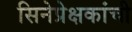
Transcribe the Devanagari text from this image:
सिनेप्रेक्षकांची